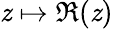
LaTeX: \mathit{z}\mapsto\Re(\mathit{z})